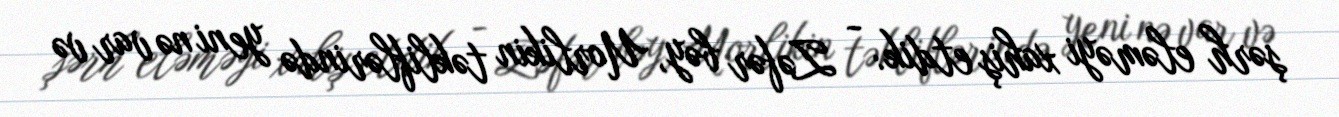
şərh eləməyi xahiş etdik: - Zəfər bəy, Uorlikin təkliflərində yeni nə var və